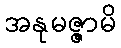
အနုမဇ္ဇာမိ